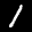
Label: 1